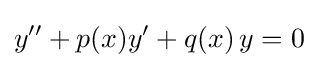
y''+p(x)y'+q(x)\,y=0